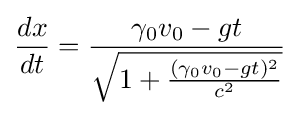
{\frac {dx}{dt}}={\frac {\gamma _{0}v_{0}-gt}{\sqrt {1+{\frac {(\gamma _{0}v_{0}-gt)^{2}}{c^{2}}}}}}